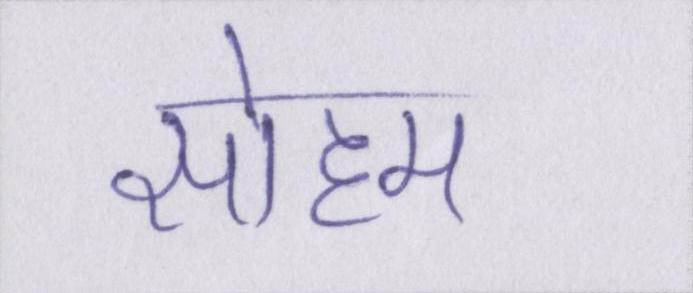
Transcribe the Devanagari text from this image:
सोहम